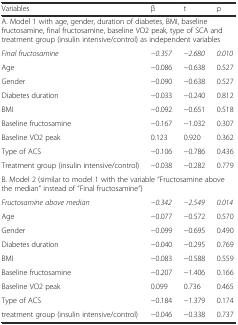
<table><thead><tr><td><b>Variables</b></td><td><b>β</b></td><td><b>t</b></td><td><b>p</b></td></tr></thead><tbody><tr><td colspan="4">A. Model 1 with age, gender, duration of diabetes, BMI, baseline fructosamine, final fructosamine, baseline VO2 peak, type of SCA and treatment group (insulin intensive/control) as independent variables</td></tr><tr><td><i>Final fructosamine</i></td><td><i>−0.357</i></td><td><i>−2.680</i></td><td><i>0.010</i></td></tr><tr><td>Age</td><td>−0.086</td><td>−0.638</td><td>0.527</td></tr><tr><td>Gender</td><td>−0.090</td><td>−0.638</td><td>0.527</td></tr><tr><td>Diabetes duration</td><td>−0.033</td><td>−0.240</td><td>0.812</td></tr><tr><td>BMI</td><td>−0.092</td><td>−0.651</td><td>0.518</td></tr><tr><td>Baseline fructosamine</td><td>−0.167</td><td>−1.032</td><td>0.307</td></tr><tr><td>Baseline VO2 peak</td><td>0.123</td><td>0.920</td><td>0.362</td></tr><tr><td>Type of ACS</td><td>−0.106</td><td>−0.786</td><td>0.436</td></tr><tr><td>Treatment group (insulin intensive/control)</td><td>−0.038</td><td>−0.282</td><td>0.779</td></tr><tr><td colspan="4">B. Model 2 (similar to model 1 with the variable “Fructosamine above the median” instead of “Final fructosamine”)</td></tr><tr><td><i>Fructosamine above median</i></td><td><i>−0.342</i></td><td><i>−2.549</i></td><td><i>0.014</i></td></tr><tr><td>Age</td><td>−0.077</td><td>−0.572</td><td>0.570</td></tr><tr><td>Gender</td><td>−0.099</td><td>−0.695</td><td>0.490</td></tr><tr><td>Diabetes duration</td><td>−0.040</td><td>−0.295</td><td>0.769</td></tr><tr><td>BMI</td><td>−0.083</td><td>−0.588</td><td>0.559</td></tr><tr><td>Baseline fructosamine</td><td>−0.207</td><td>−1.406</td><td>0.166</td></tr><tr><td>Baseline VO2 peak</td><td>0.099</td><td>0.736</td><td>0.465</td></tr><tr><td>Type of ACS</td><td>−0.184</td><td>−1.379</td><td>0.174</td></tr><tr><td>treatment group (insulin intensive/control)</td><td>−0.046</td><td>−0.338</td><td>0.737</td></tr></tbody></table>